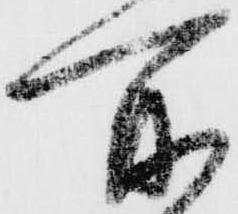
所